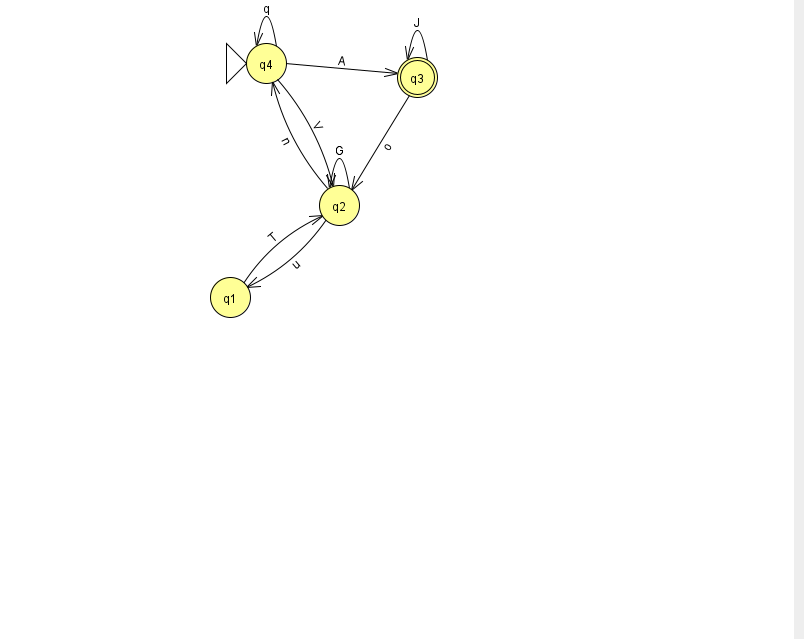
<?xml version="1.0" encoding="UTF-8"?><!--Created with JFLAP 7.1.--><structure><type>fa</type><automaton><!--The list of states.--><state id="1" name="q1"><x>230.0</x><y>284.0</y></state><state id="2" name="q2"><x>339.0</x><y>192.0</y></state><state id="3" name="q3"><x>417.0</x><y>64.0</y><final/></state><state id="4" name="q4"><x>266.0</x><y>50.0</y><initial/></state><!--The list of transitions.--><transition><from>4</from><to>4</to><read>q</read></transition><transition><from>3</from><to>2</to><read>o</read></transition><transition><from>4</from><to>2</to><read>V</read></transition><transition><from>2</from><to>2</to><read>G</read></transition><transition><from>3</from><to>3</to><read>J</read></transition><transition><from>2</from><to>4</to><read>n</read></transition><transition><from>1</from><to>2</to><read>T</read></transition><transition><from>4</from><to>3</to><read>A</read></transition><transition><from>2</from><to>1</to><read>u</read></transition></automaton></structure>